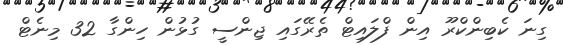
ގިނަ ކެބިންކްރޫ އިން ފްލައިޓް ތެރޭގައި ޖިންސީ ގުޅުން ހިންގާ 32 މިނެޓް